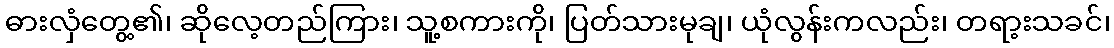
ဓားလှံတွေ့၏၊ ဆိုလေ့တည်ကြား၊ သူ့စကားကို၊ ပြတ်သားမုချ၊ ယုံလွန်းကလည်း၊ တရာ့းသခင်၊